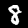
Digit: 8